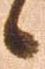
候